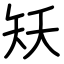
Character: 矨